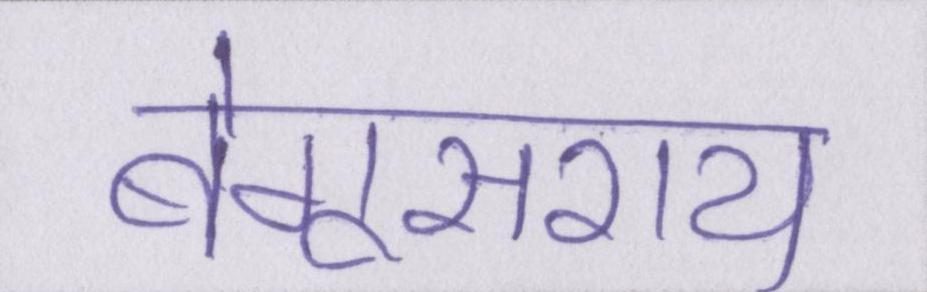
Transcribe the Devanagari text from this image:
बेगूसराय